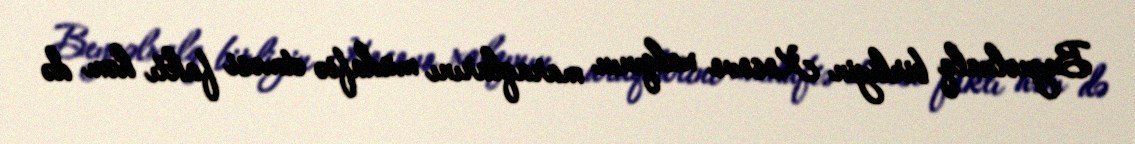
Beynəlxalq birliyin Kosovo xalqının maraqlarını müdafiə etməsi faktı həm də